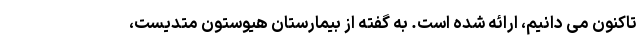
تاکنون می دانیم، ارائه شده است. به گفته از بیمارستان هیوستون متدیست،